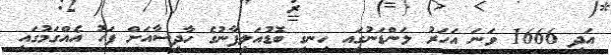
އަދި 1666 ވަނަ އަހަރު ލަންޑަނުގަިއ ހިނގި ބޮޑުއަލިފާނުގެ ހާދިސާއަށް ފަހު އެއްގަމުގައި